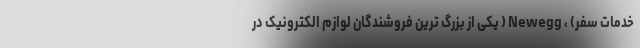
خدمات سفر) ، Newegg ( یکی از بزرگ ترین فروشندگان لوازم الکترونیک در